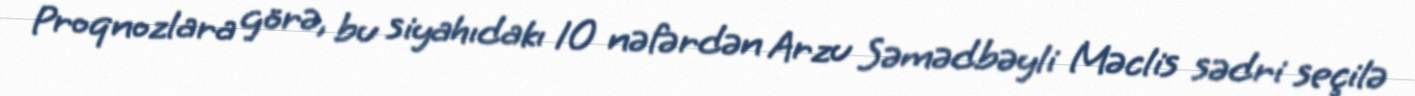
Proqnozlara görə, bu siyahıdakı 10 nəfərdən Arzu Səmədbəyli Məclis sədri seçilə